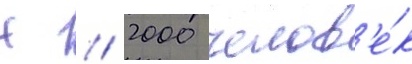
Н // 2000 челов'е́к